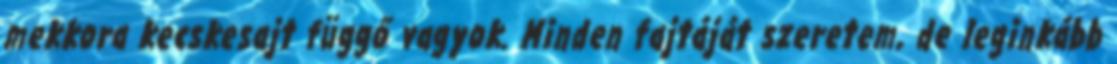
mekkora kecskesajt függő vagyok. Minden fajtáját szeretem, de leginkább